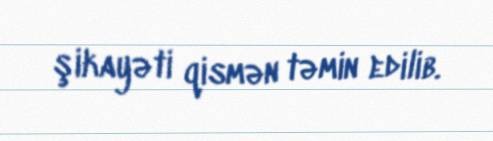
şikayəti qismən təmin edilib.